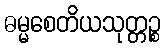
ဓမ္မစေတိယသုတ္တဉ္စ